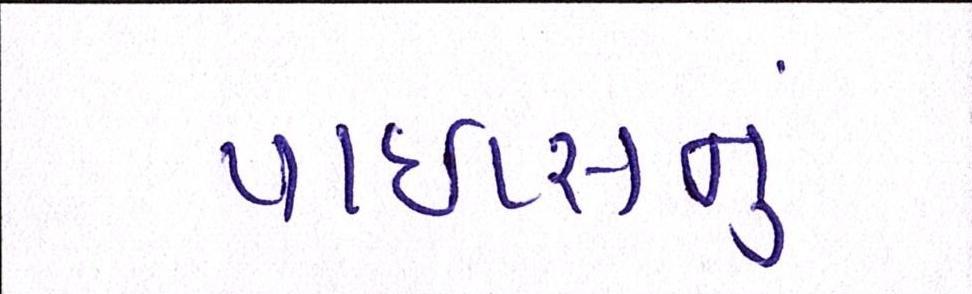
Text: પાઇપ્સનું